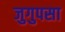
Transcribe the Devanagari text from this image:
जुगुपसा